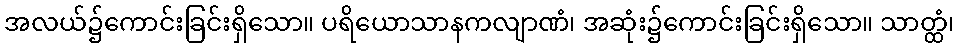
အလယ်၌ကောင်းခြင်းရှိသော။ ပရိယောသာနကလျာဏံ၊ အဆုံး၌ကောင်းခြင်းရှိသော။ သာတ္ထံ၊